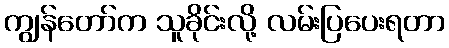
ကျွန်တော်က သူခိုင်းလို့ လမ်းပြပေးရတာ